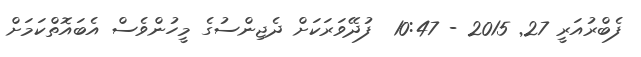
ފެބްރުއަރީ 27